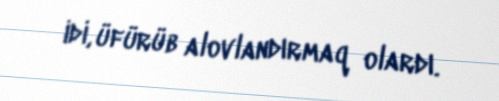
idi, üfürüb alovlandırmaq olardı.